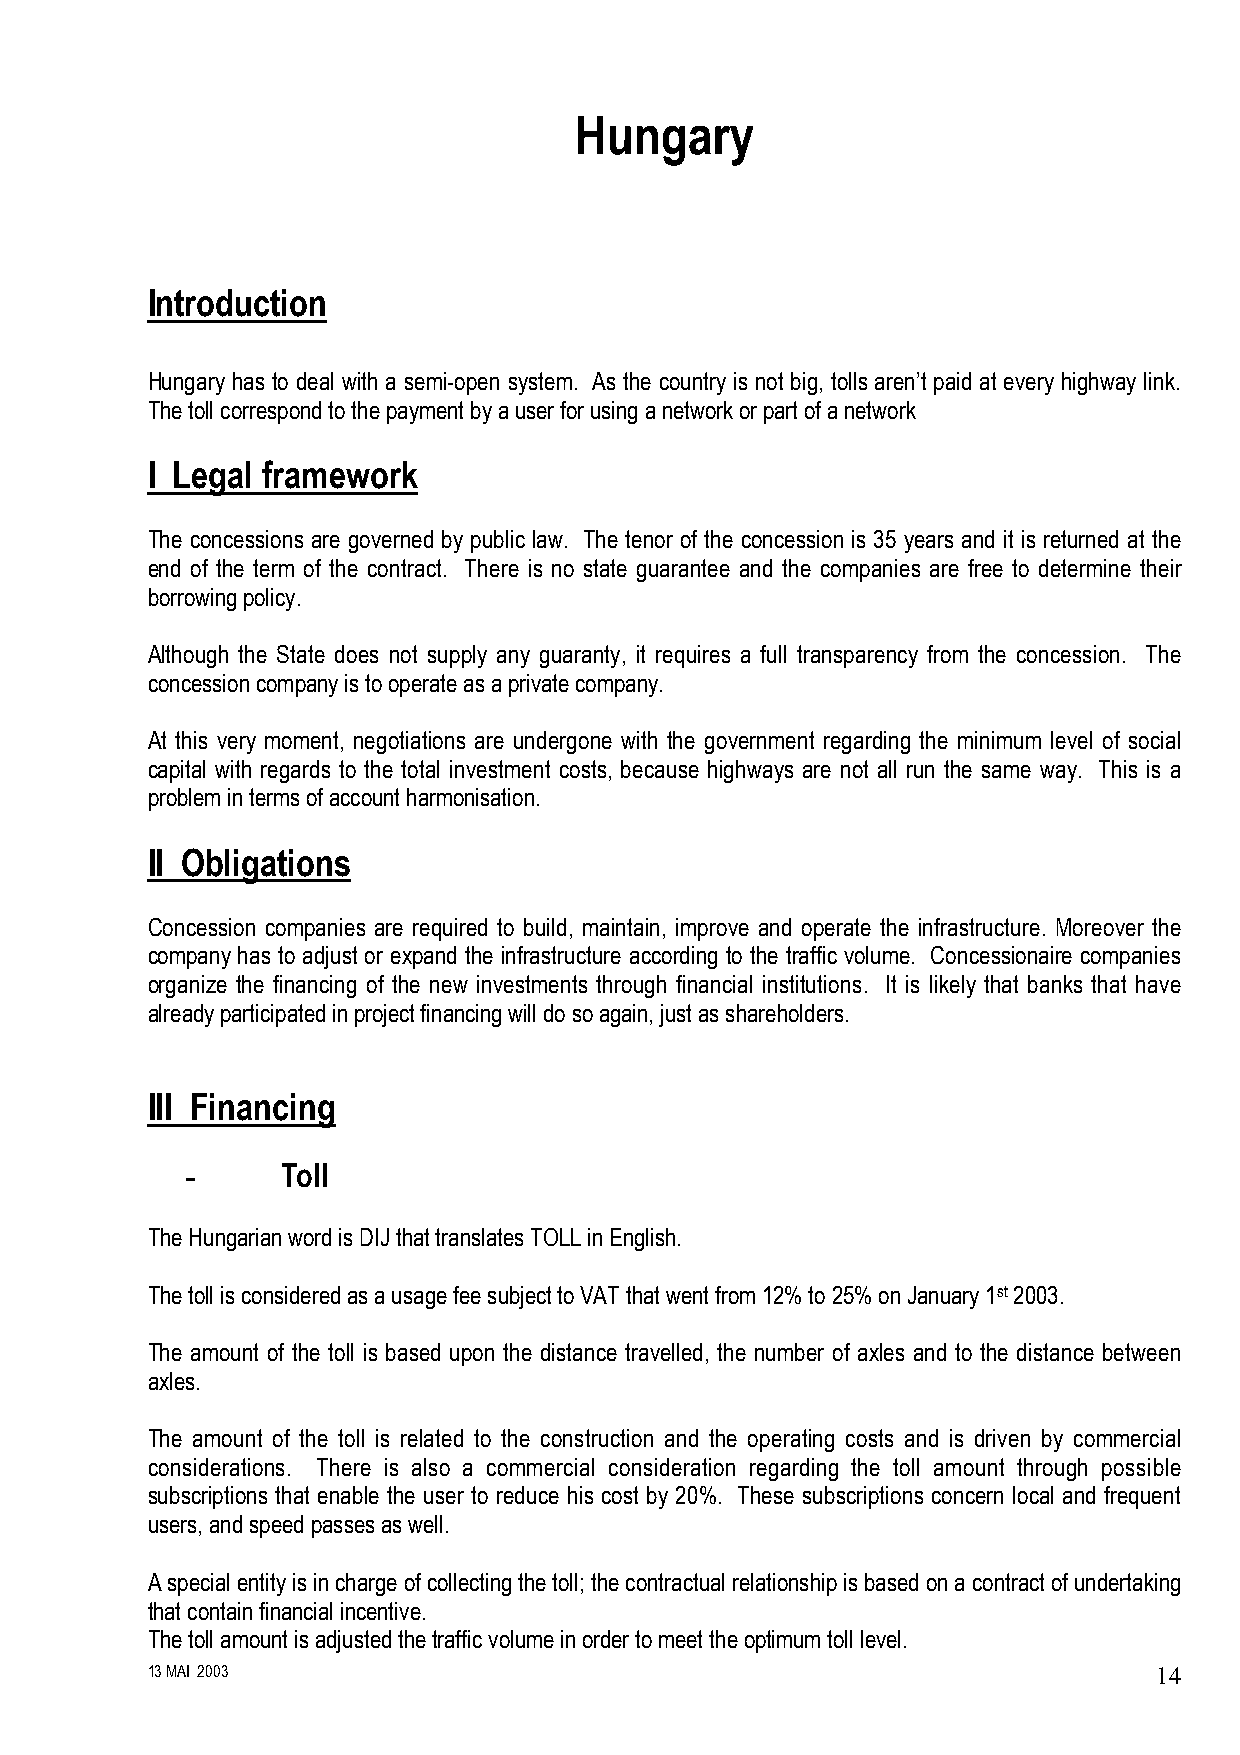
Hungary
 Introduction
 Hungary has to deal with a semi-open system. As the country is not big, tolls aren’t paid at every highway link.
 The toll correspond to the payment by a user for using a network or part of a network
 I Legal framework
 The concessions are governed by public law. The tenor of the concession is 35 years and it is returned at the
 end of the term of the contract. There is no state guarantee and the companies are free to determine their
 borrowing policy.
 Although the State does not supply any guaranty, it requires a full transparency from the concession. The
 concession company is to operate as a private company.
 At this very moment, negotiations are undergone with the government regarding the minimum level of social
 capital with regards to the total investment costs, because highways are not all run the same way. This is a
 problem in terms of account harmonisation.
 II Obligations
 Concession companies are required to build, maintain, improve and operate the infrastructure. Moreover the
 company has to adjust or expand the infrastructure according to the traffic volume. Concessionaire companies
 organize the financing of the new investments through financial institutions. It is likely that banks that have
 already participated in project financing will do so again, just as shareholders.
 III Financing
 -      Toll
 The Hungarian word is DIJ that translates TOLL in English.
 The toll is considered as a usage fee subject to VAT that went from 12% to 25% on January 1st 2003.
 The amount of the toll is based upon the distance travelled, the number of axles and to the distance between
 axles.
 The amount of the toll is related to the construction and the operating costs and is driven by commercial
 considerations. There is also a commercial consideration regarding the toll amount through possible
 subscriptions that enable the user to reduce his cost by 20%. These subscriptions concern local and frequent
 users, and speed passes as well.
 A special entity is in charge of collecting the toll; the contractual relationship is based on a contract of undertaking
 that contain financial incentive.
 The toll amount is adjusted the traffic volume in order to meet the optimum toll level.
 13 MAI 2003                                                        14